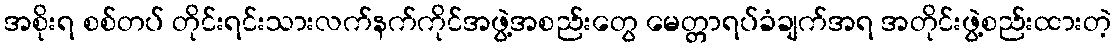
အစိုးရ စစ်တပ် တိုင်းရင်းသားလက်နက်ကိုင်အဖွဲ့အစည်းတွေ မေတ္တာရပ်ခံချက်အရ အတိုင်းဖွဲ့စည်းထားတဲ့